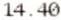
14.40